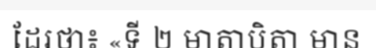
ដែរថា៖ «ទី ២ មាតាបិតា មាន